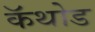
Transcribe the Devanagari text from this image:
कॅथोड